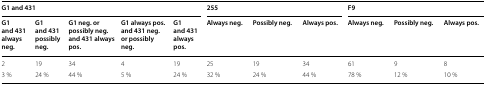
| <COLSPAN=5> G1 and 431 | <COLSPAN=3> 255 | <COLSPAN=3> F9 |
 | G1 and 431 always neg. | G1 and 431 possibly neg. | G1 neg. or possibly neg. and 431 always pos. | G1 always pos. and 431 neg. or possibly neg. | G1 and 431 always pos. | Always neg. | Possibly neg. | Always pos. | Always neg. | Possibly neg. | Always pos. |
 | --- | --- | --- | --- | --- | --- | --- | --- | --- | --- | --- |
 | 2 | 19 | 34 | 4 | 19 | 25 | 19 | 34 | 61 | 9 | 8 |
 | 3 % | 24 % | 44 % | 5 % | 24 % | 32 % | 24 % | 44 % | 78 % | 12 % | 10 % |